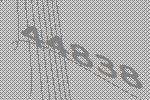
44838